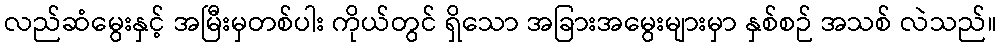
လည်ဆံမွေးနှင့် အမြီးမှတစ်ပါး ကိုယ်တွင် ရှိသော အခြားအမွေးများမှာ နှစ်စဉ် အသစ် လဲသည်။